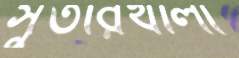
সুতারখালী